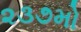
૨૩૭મો